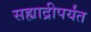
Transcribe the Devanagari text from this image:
सह्याद्रीपर्यंत